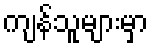
ကျန်သူများမှာ